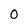
Character: O